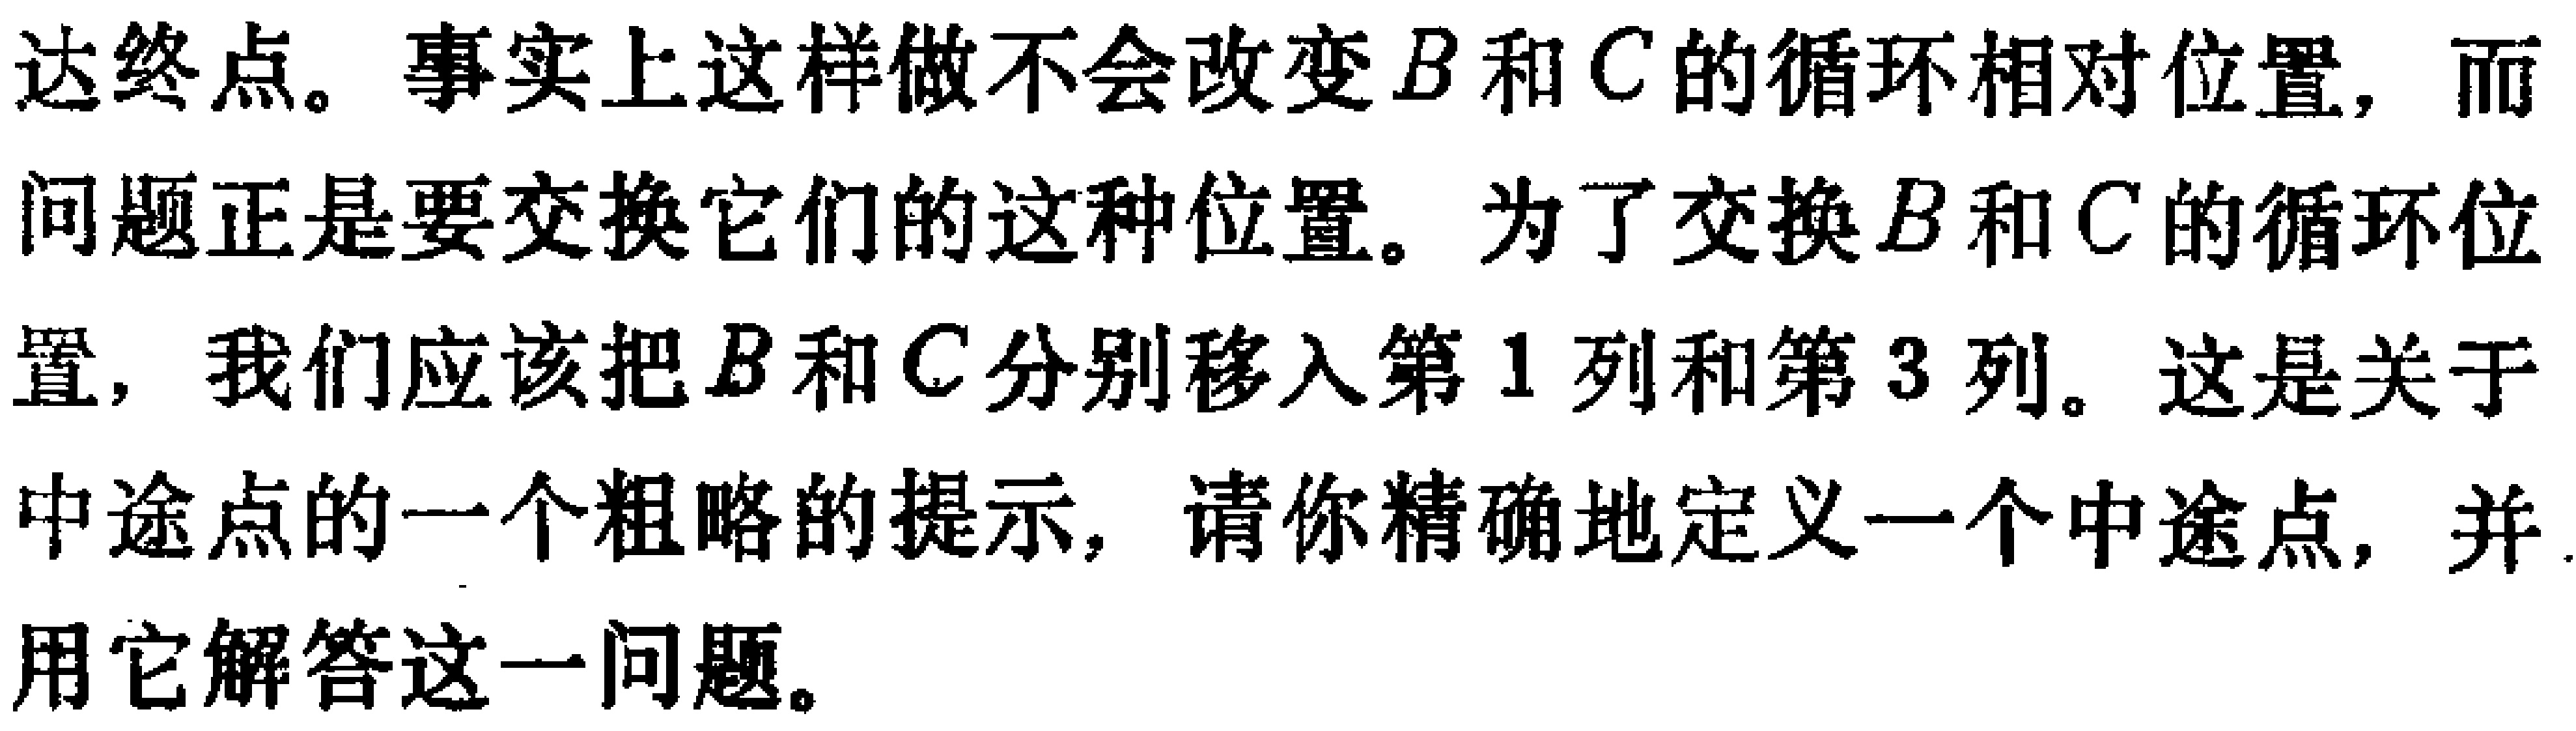
达终点。事实上这样做不会改变\(B\)和\(C\)的循环相对位置，而问题正是要交换它们的这种位置。为了交换\(B\)和\(C\)的循环位置，我们应该把\(B\)和\(C\)分别移入第\(1\)列和第\(3\)列。这是关于中途点的一个粗略的提示，请你精确地定义一个中途点，并用它解答这一问题。